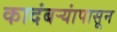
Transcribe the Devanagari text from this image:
कादंबऱ्यांपासून